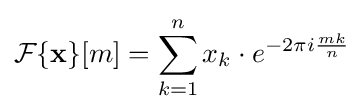
{\mathcal {F}}\{\mathbf {x} \}[m]=\sum \limits _{k=1}^{n}x_{k}\cdot e^{{-2\pi i}{\frac {mk}{n}}}